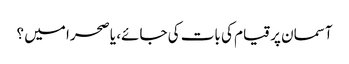
آسمان پر قیام کی بات کی جائے، یا صحرا میں ؟